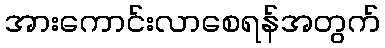
အားကောင်းလာစေရန်အတွက်